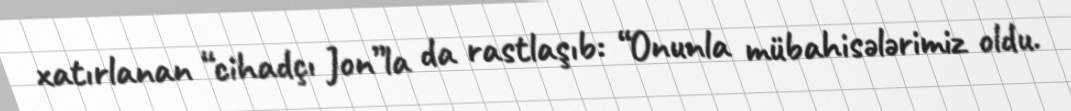
xatırlanan “cihadçı Jon”la da rastlaşıb: “Onunla mübahisələrimiz oldu.